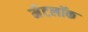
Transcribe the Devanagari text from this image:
मैटलॉक